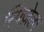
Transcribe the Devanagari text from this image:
स्पिज़ेला